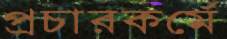
প্রচারকর্মে